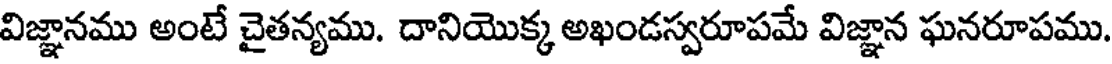
విజ్ఞానము అంటే చైతన్యము. దానియొక్క అఖండస్వరూపమే విజ్ఞాన ఘనరూపము.